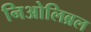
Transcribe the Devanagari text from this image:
निओलिब्रल